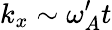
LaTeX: k_{x}\sim\omega_{A}^{\prime}t